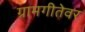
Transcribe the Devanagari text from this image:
ग्रामगीतेवर